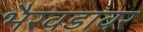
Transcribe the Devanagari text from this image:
भैरवडावर